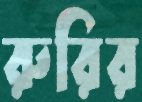
রুরির